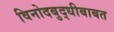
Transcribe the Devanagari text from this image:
विनोदबुद्धीबाबत